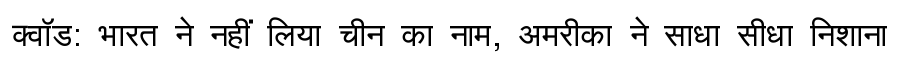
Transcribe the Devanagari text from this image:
क्वॉड: भारत ने नहीं लिया चीन का नाम, अमरीका ने साधा सीधा निशाना